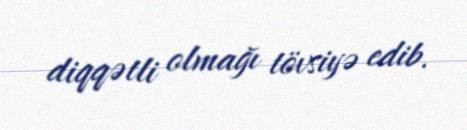
diqqətli olmağı tövsiyə edib.